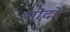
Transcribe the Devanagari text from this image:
मोंदो